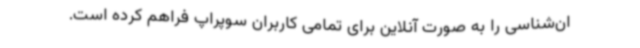
ان‌شناسی را به صورت آنلاین برای تمامی کاربران سوپراپ فراهم کرده است.